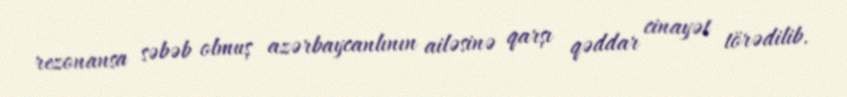
rezonansa səbəb olmuş azərbaycanlının ailəsinə qarşı qəddar cinayət törədilib.